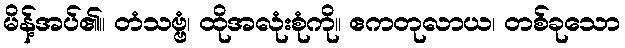
မိန့်အပ်၏။ တံသဗ္ဗံ၊ ထိုအလုံးစုံကို။ ဧကတုလာယ၊ တစ်ခုသော